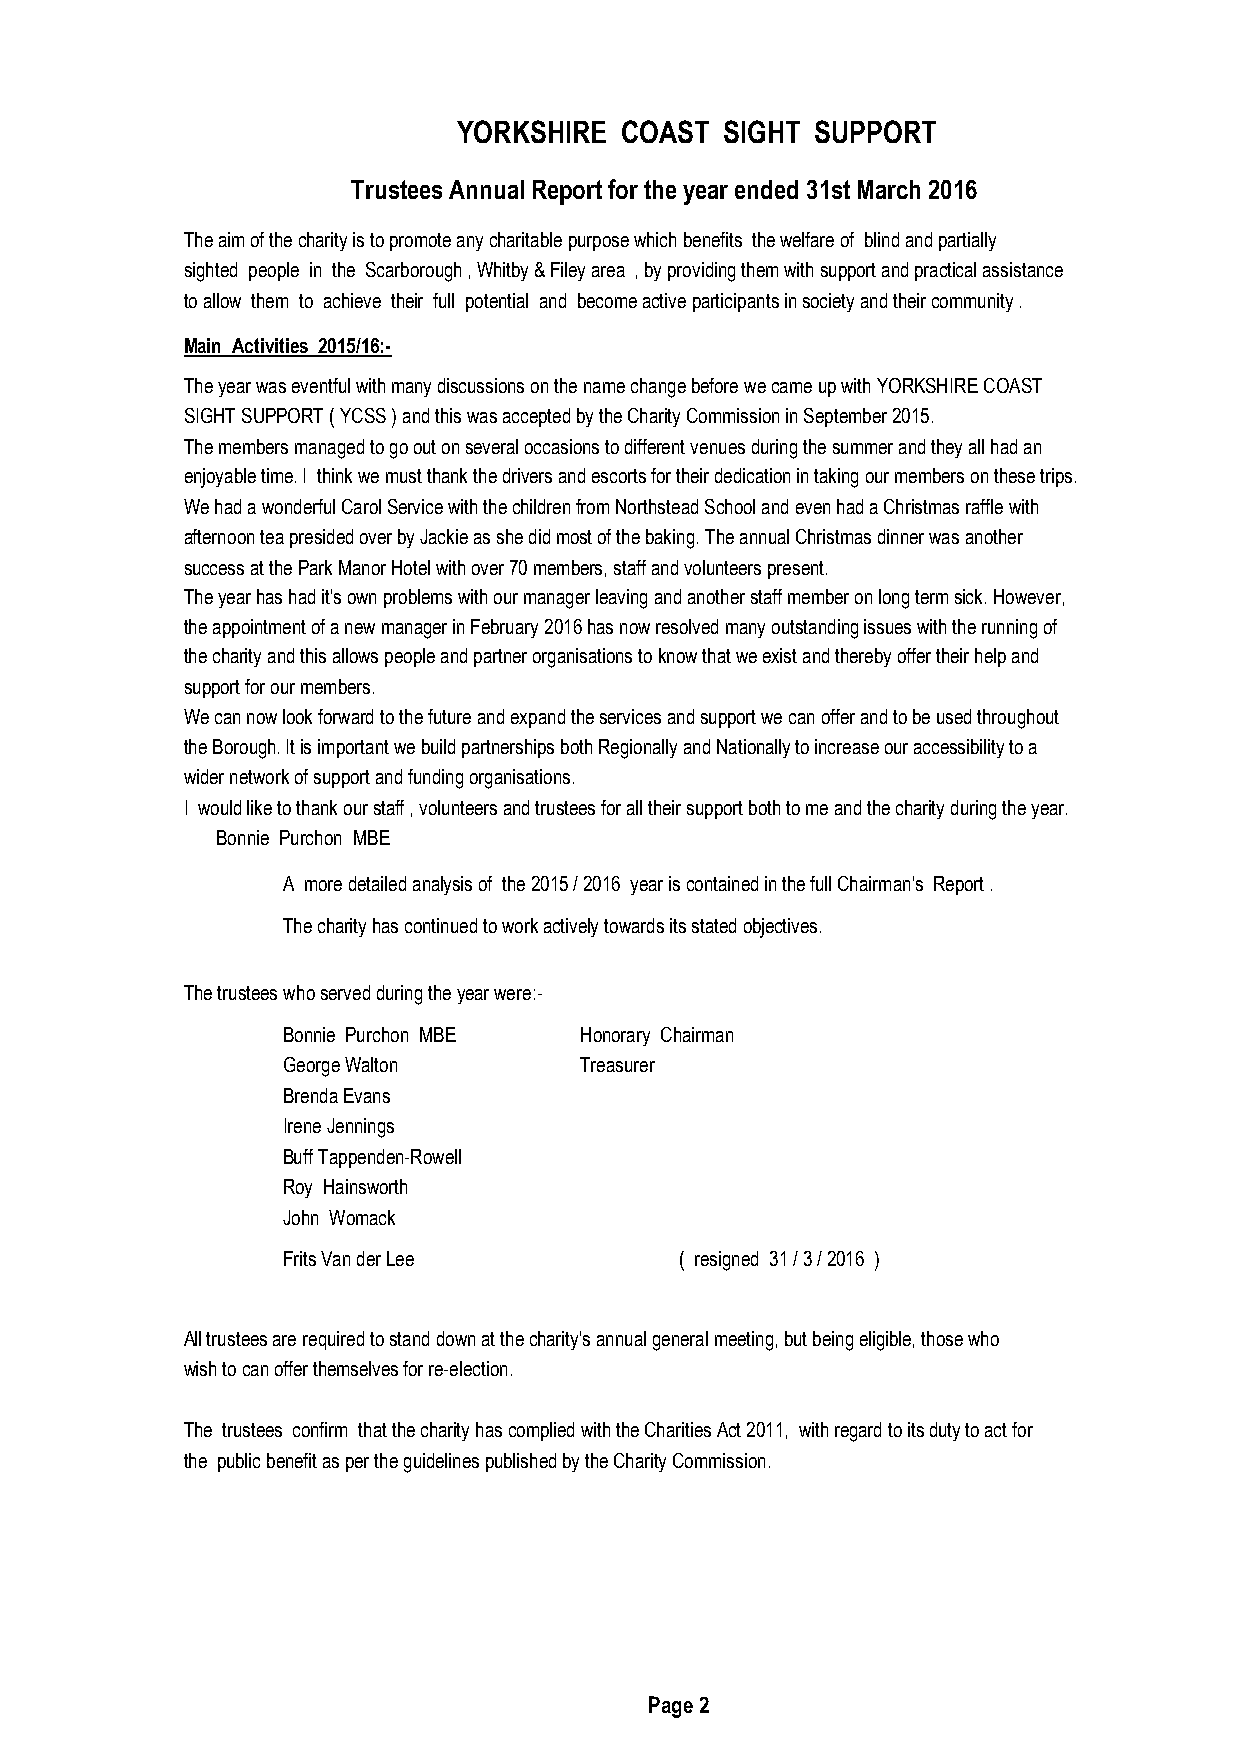
YORKSHIRE  COAST  SIGHT SUPPORT
 Trustees Annual Report for the year ended 31st March 2016
 The aim of the charity is to promote any charitable purpose which benefits the welfare of blind and partially
 sighted people in the Scarborough , Whitby & Filey area , by providing them with support and practical assistance
 to allow them to achieve their full potential and become active participants in society and their community .
 Main Activities 2015/16:-
 The year was eventful with many discussions on the name change before we came up with YORKSHIRE COAST
 SIGHT SUPPORT ( YCSS ) and this was accepted by the Charity Commission in September 2015.
 The members managed to go out on several occasions to different venues during the summer and they all had an
 enjoyable time. I think we must thank the drivers and escorts for their dedication in taking our members on these trips.
 We had a wonderful Carol Service with the children from Northstead School and even had a Christmas raffle with
 afternoon tea presided over by Jackie as she did most of the baking. The annual Christmas dinner was another
 success at the Park Manor Hotel with over 70 members, staff and volunteers present.
 The year has had it's own problems with our manager leaving and another staff member on long term sick. However,
 the appointment of a new manager in February 2016 has now resolved many outstanding issues with the running of
 the charity and this allows people and partner organisations to know that we exist and thereby offer their help and
 support for our members.
 We can now look forward to the future and expand the services and support we can offer and to be used throughout
 the Borough. It is important we build partnerships both Regionally and Nationally to increase our accessibility to a
 wider network of support and funding organisations.
 I would like to thank our staff , volunteers and trustees for all their support both to me and the charity during the year.
 Bonnie Purchon MBE
 A more detailed analysis of the 2015 / 2016 year is contained in the full Chairman's Report .
 The charity has continued to work actively towards its stated objectives.
 The trustees who served during the year were:-
 Bonnie Purchon MBE Honorary Chairman
 George Walton      Treasurer
 Brenda Evans
 Irene Jennings
 Buff Tappenden-Rowell
 Roy Hainsworth
 John Womack
 Frits Van der Lee         ( resigned 31 / 3 / 2016 )
 All trustees are required to stand down at the charity's annual general meeting, but being eligible, those who
 wish to can offer themselves for re-election.
 The trustees confirm that the charity has complied with the Charities Act 2011, with regard to its duty to act for
 the public benefit as per the guidelines published by the Charity Commission.
 Page 2